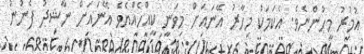
އުމުރު މީހުންނެވެ. އެކަމަކު މިހާރު އޭނައަށް މިވަނީ ކީއްހެއްޔެވެ އޭނައަށް ނާޝިދު ފެނުނު